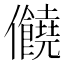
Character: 𠑬